Vaccination in Bombay 1856-1862 - 1856-1862
Year: 1856
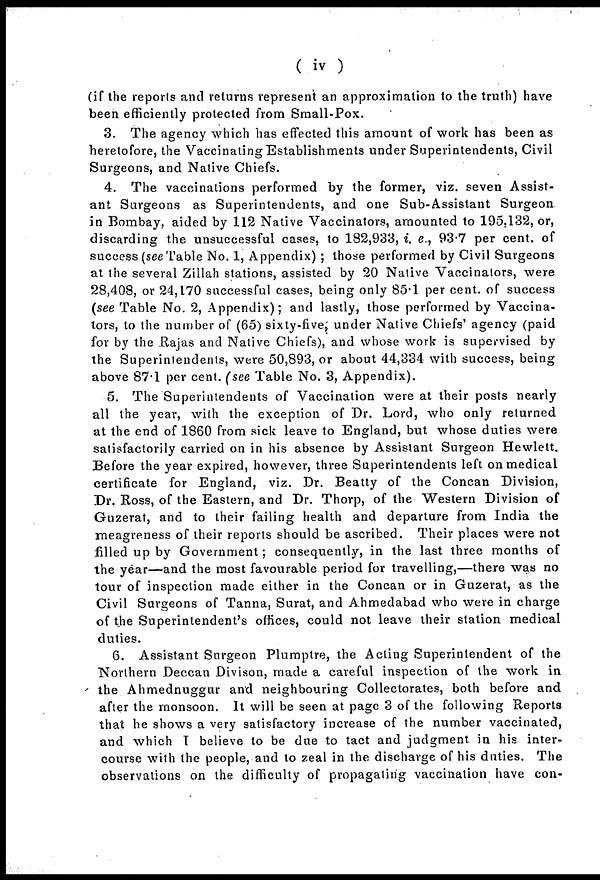
( iv )
(if the reports and returns represent an approximation to the truth) have
been efficiently protected from Small-Pox.
3. The agency which has effected this amount of work has been as
heretofore, the Vaccinating Establishments under Superintendents, Civil
Surgeons, and Native Chiefs.
4. The vaccinations performed by the former, viz. seven Assist-
ant Surgeons as Superintendents, and one Sub-Assistant Surgeon
in Bombay, aided by 112 Native Vaccinators, amounted to 195,132, or,
discarding the unsuccessful cases, to 182,933, i. e., 93.7 per cent. of
success (see Table No. 1, Appendix) ; those performed by Civil Surgeons
at the several Zillah stations, assisted by 20 Native Vaccinators, were
28,408, or 24,170 successful cases, being only 85.1 per cent. of success
(see Table No. 2, Appendix); and lastly, those performed by Vaccina-
tors, to the number of (65) sixty-five, under Native Chiefs' agency (paid
for by the Rajas and Native Chiefs), and whose work is supervised by
the Superintendents, were 50,893, or about 44,334 with success, being
above 87.1 per cent. (see Table No. 3, Appendix).
5. The Superintendents of Vaccination were at their posts nearly
all the year, with the exception of Dr. Lord, who only returned
at the end of 1860 from sick leave to England, but whose duties were
satisfactorily carried on in his absence by Assistant Surgeon Hewlett.
Before the year expired, however, three Superintendents left on medical
certificate for England, viz. Dr. Beatty of the Concan Division,
Dr. Ross, of the Eastern, and Dr. Thorp, of the Western Division of
Guzerat, and to their failing health and departure from India the
meagreness of their reports should be ascribed. Their places were not
filled up by Government; consequently, in the last three months of
the year—and the most favourable period for travelling,—there was no
tour of inspection made either in the Concan or in Guzerat, as the
Civil Surgeons of Tanna, Surat, and Ahmedabad who were in charge
of the Superintendent's offices, could not leave their station medical
duties.
6. Assistant Surgeon Plumptre, the Acting Superintendent of the
Northern Deccan Divison, made a careful inspection of the work in
the Ahmednuggur and neighbouring Collectorates, both before and
after the monsoon. It will be seen at page 3 of the following Reports
that he shows a very satisfactory increase of the number vaccinated,
and which I believe to be due to tact and judgment in his inter-
course with the people, and to zeal in the discharge of his duties. The
observations on the difficulty of propagating vaccination have con-